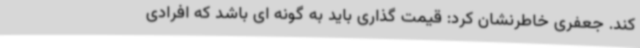
کند. جعفری خاطرنشان کرد: قیمت گذاری باید به گونه ای باشد که افرادی